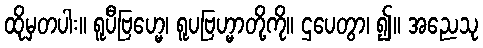
ထိုမှတပါး။ ရူပီဗြဟ္မေ၊ ရူပဗြဟ္မာတို့ကို။ ဌပေတွာ၊ ၍။ အညေသု